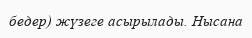
бедер) жүзеге асырылады. Нысана